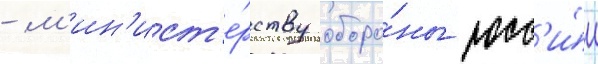
- м'ин'ист'е́рству оборо́ны росс'и́и